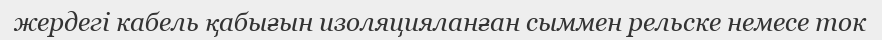
жердегі кабель қабығын изоляцияланған сыммен рельске немесе ток